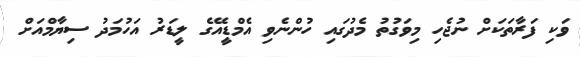
ވަކި ފަރާތަކަށް ނުޖެހި މިވަގުތު މެދުގައި ހުންނެވި އެމްޑީއޭގެ ލީޑަރު އަހުމަދު ސިޔާމްއަށް